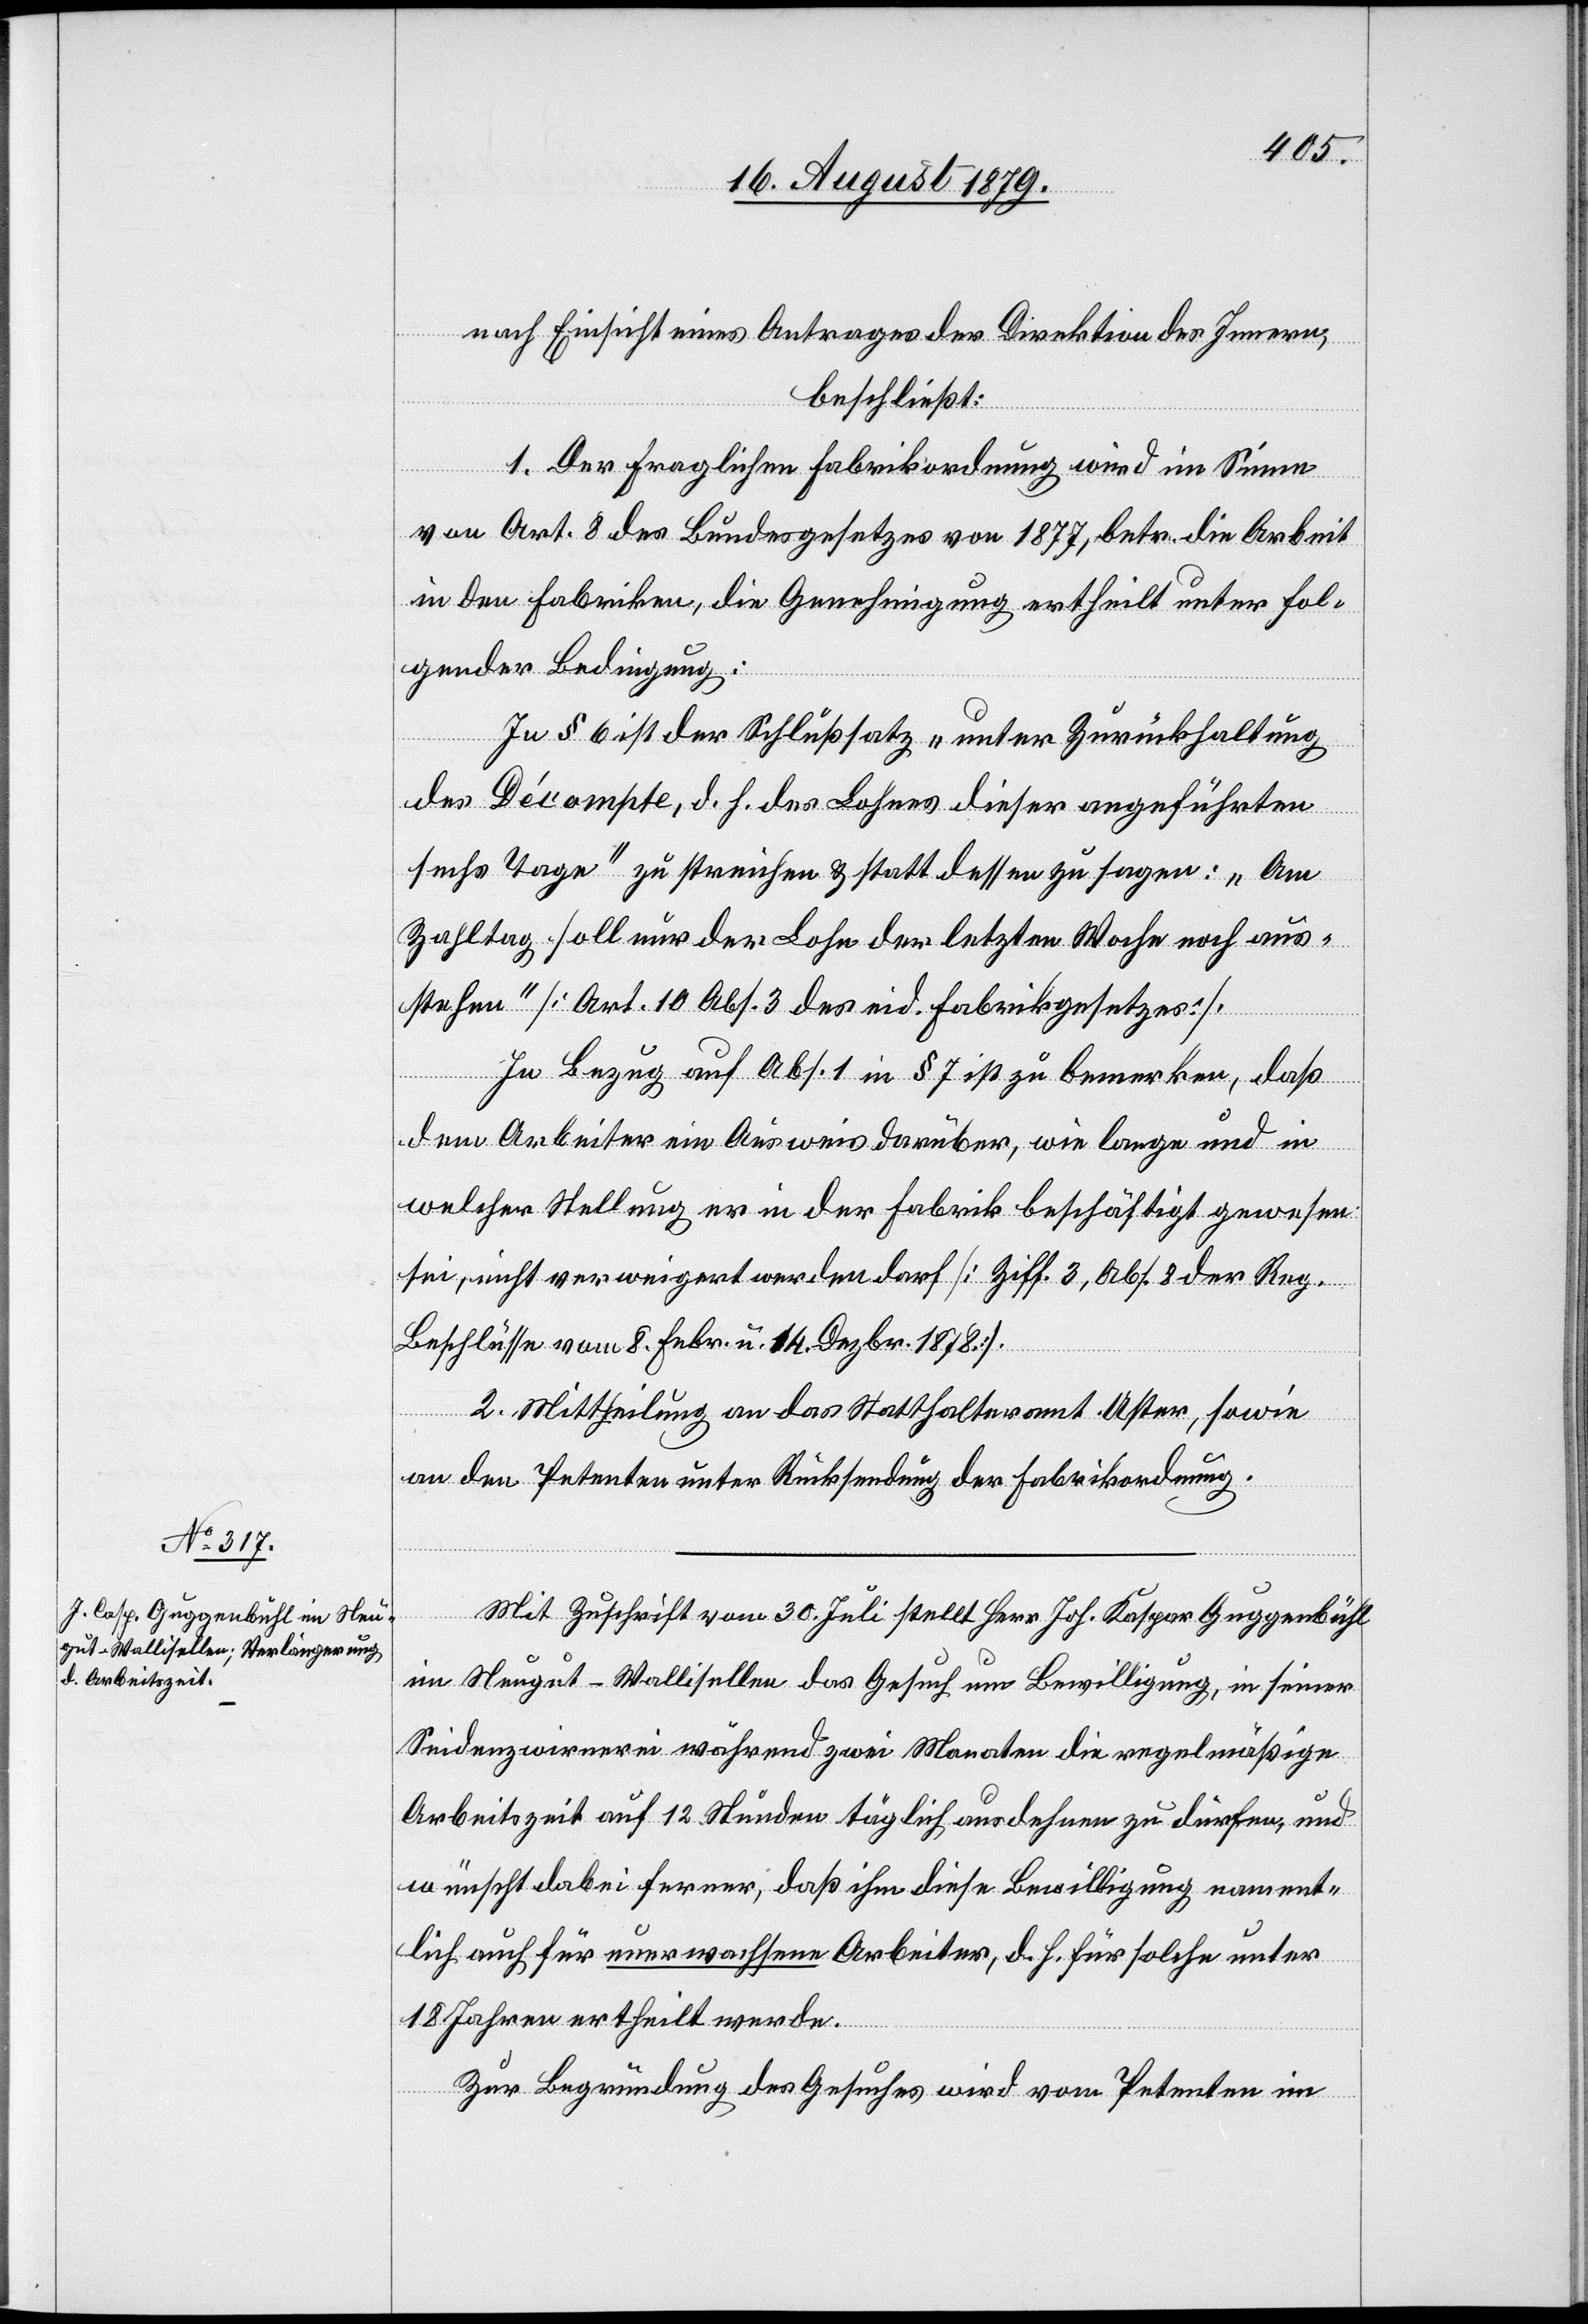
nach Einsicht eines Antrages der Direktion des Innern,
beschließt:
1. Der fraglichen Fabrikordnung wird im Sinne
von Art. 8 des Bundesgesetzes von 1877, betr. die Arbeit
in den Fabriken, die Genehmigung ertheilt unter fol¬
gender Bedingung:
In § 6 ist der Schlußsatz „unter Zurückhaltung
des Décompte, d. h. des Lohnes dieser angeführten
sechs Tage“ zu streichen & statt dessen zu sagen: „Am
Zahltag soll nur der Lohn der letzten Woche noch aus¬
stehen“ [Art. 10 Abs. 3 des eid. Fabrikgesetzes].
In Bezug auf Abs. 1 in § 7 ist zu bemerken, daß
dem Arbeiter ein Ausweis darüber, wie lange und in
welcher Stellung er in der Fabrik beschäftigt gewesen
sei, nicht verweigert werden darf [Ziff. 3, Abs. 8 der Reg.
Beschlüsse vom 8. Febr. u. 14. Dezbr. 1878].
2. Mittheilung an das Statthalteramt Uster, sowie
an den Petenten unter Rücksendung der Fabrikordnung.
Mit Zuschrift vom 30. Juli stellt Herr Joh. Kaspar [sic!] Guggenbühl
im Neugut - Wallisellen das Gesuch um Bewilligung, in seiner
Seidenzwirnerei während zwei Monaten die regelmäßige
Arbeitszeit auf 12 Stunden täglich ausdehnen zu dürfen, und
wünscht dabei ferner, daß ihm diese Bewilligung nament¬
lich auch für unerwachsene Arbeiter, d. h. für solche unter
18 Jahren ertheilt werde.
Zur Begründung des Gesuches wird vom Petenten im